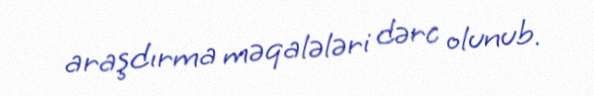
araşdırma məqalələri dərc olunub.